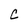
Character: C